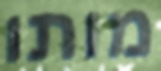
מותו